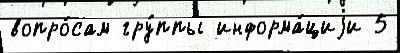
вопро́сам гру́ппы информа́циjи 5